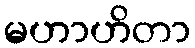
မဟာဟိတာ